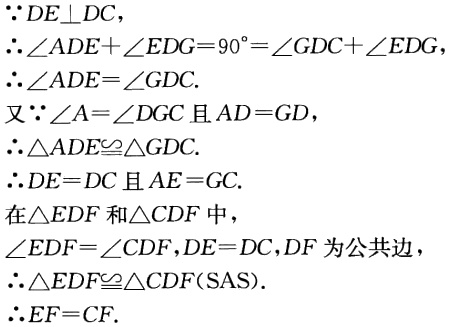
\(\because DE\perp DC\)，

\(\therefore \angle ADE + \angle EDG = 90^{\circ}=\angle GDC+\angle EDG\)，

\(\therefore \angle ADE=\angle GDC\).

又\(\because \angle A = \angle DGC\)且\(AD = GD\)，

\(\therefore \triangle ADE\cong\triangle GDC\).

\(\therefore DE = DC\)且\(AE = GC\).

在\(\triangle EDF\)和\(\triangle CDF\)中，

\(\angle EDF=\angle CDF\)，\(DE = DC\)，\(DF\)为公共边，

\(\therefore \triangle EDF\cong\triangle CDF(SAS)\).

\(\therefore EF = CF\).